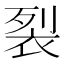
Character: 裂